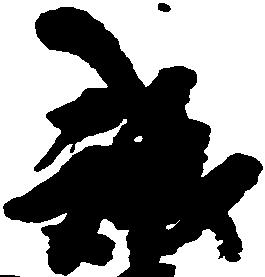
誠